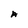
Character: A